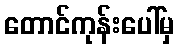
တောင်ကုန်းပေါ်မှ